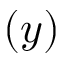
( y )